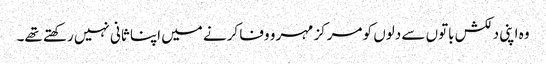
وہ اپنی دلکش باتوں سے دلوں کو مرکز مہر و وفا کرنے میں اپنا ثانی نہیں رکھتے تھے۔